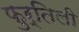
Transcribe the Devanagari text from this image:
फुर्तिली